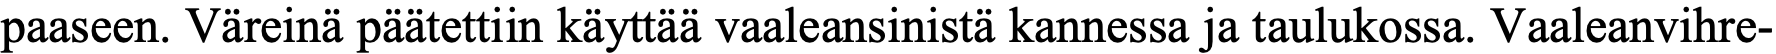
paaseen. Väreinä päätettiin käyttää vaaleansinistä kannessa ja taulukossa. Vaaleanvihre-